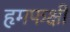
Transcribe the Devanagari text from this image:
हृमफक्षी